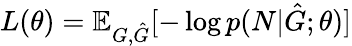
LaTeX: L(\theta)=\mathbb{E}_{G,\hat{G}}[-\log p(N|\hat{G};\theta)]